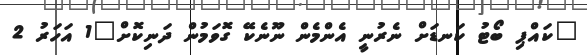
"ކައްޕި ބޯޓު ކަނޑަށް ނެރުނީ އެންމެން ނޫނެކޭ ގޮވަމުން ދަނިކޮށް"1 އަހަރު 2